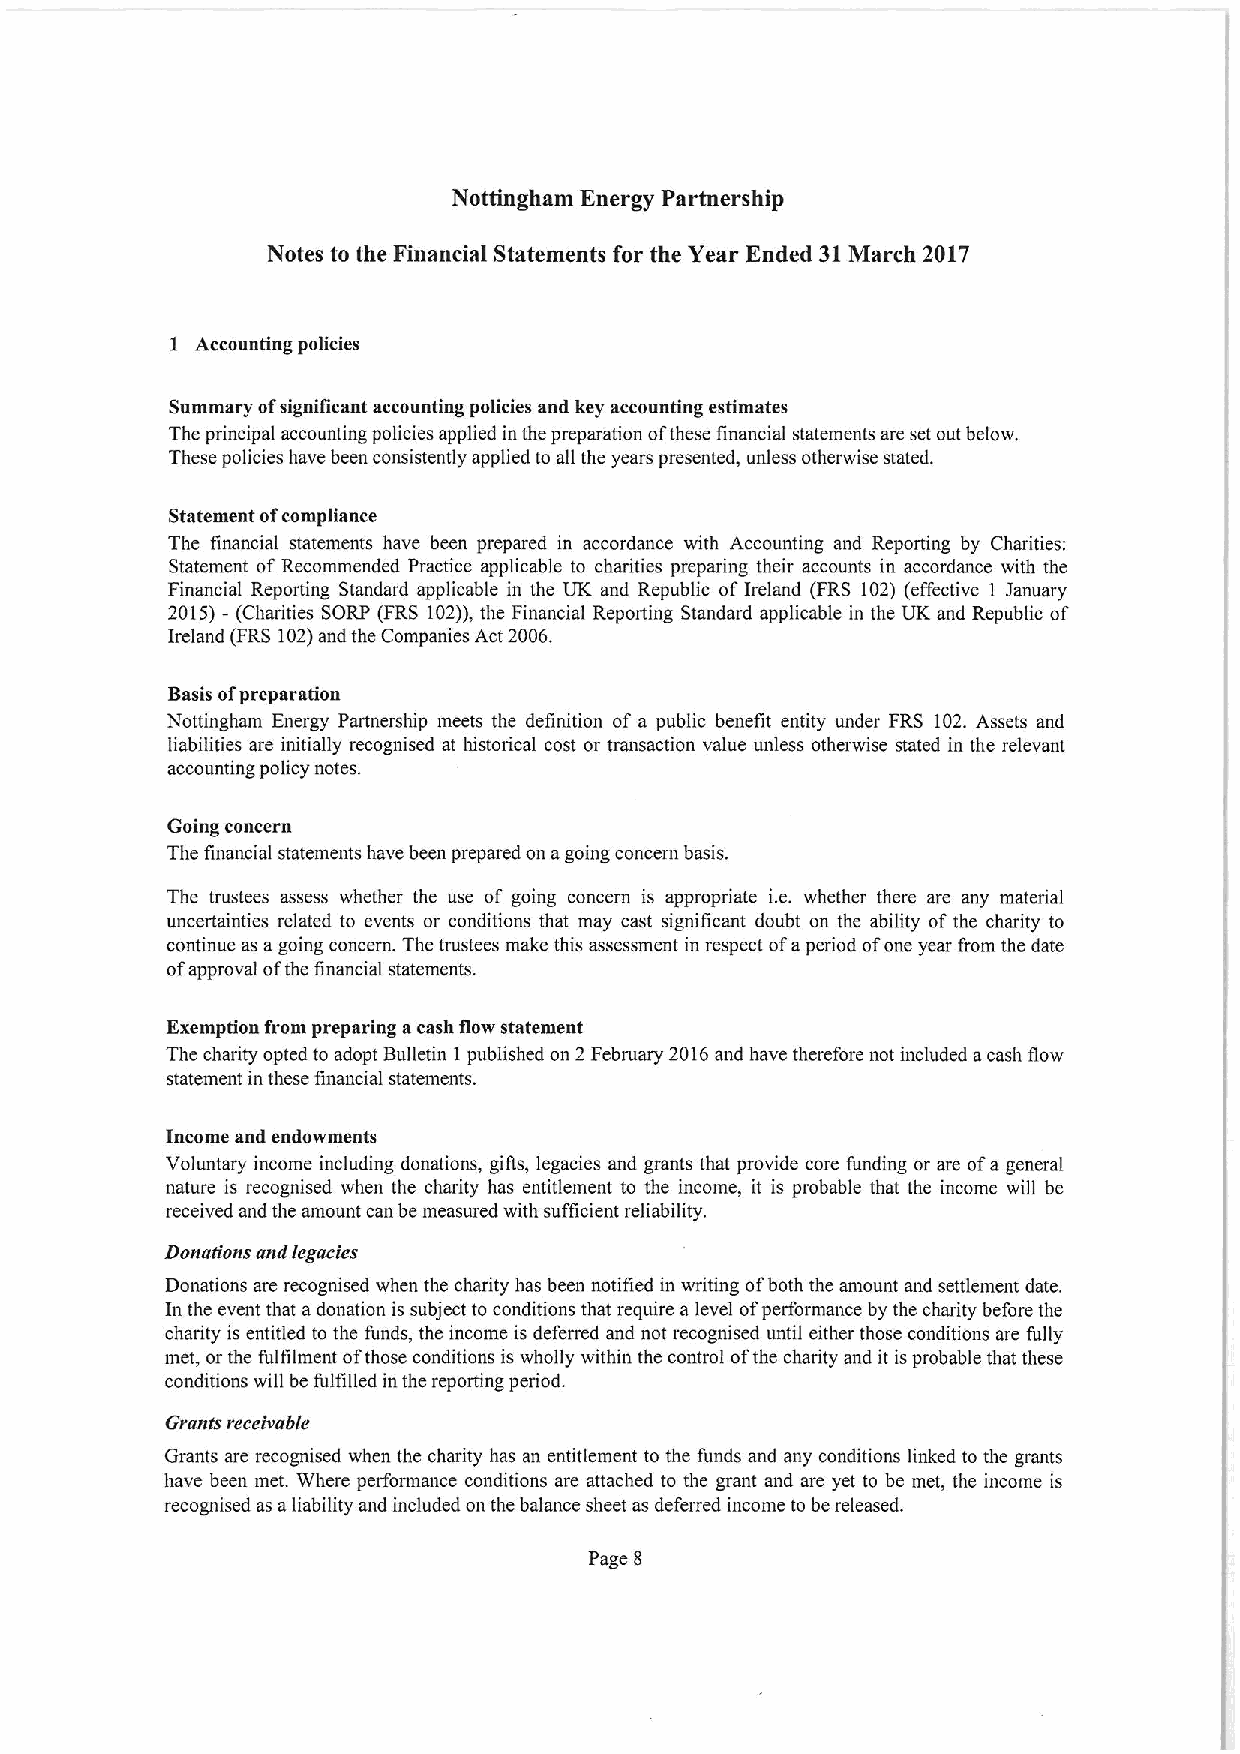
Nottingham Energy Partnership
 Notes to the Financial Statements for the Year Ended 31March 2017
 I Accounting policies
 Summary ofsignificant accounting policies and key accounting estimates
 The principal accounting policies applied in the preparation ofthese financial statements are set out below.
 These policies have been consistently applied to all the years presented, unless otherwise stated.
 Statement ofcompliance
 The financial statements have been prepared in accordance with Accounting and Reporting by Charities:
 Statement of Recommended Practice applicable to charities preparing their accounts in accordance with the
 Financial Reporting Standard applicable in the UK and Republic ofIreland (FRS 102) (effective 1 Ianuary
 2015)- (Charities SORP (FRS 102)),the Financial Reporting Standard applicable in the UK and Republic of
 Ireland (FRS 102)and the Companies Act 2006.
 Basis ofpreparation
 Nottingham Energy Partnership meets the definition of a public benefit entity under FRS 102. Assets and
 liabilities are initially recognised at historical cost or transaction value unless otherwise stated in the relevant
 accounting policy notes.
 Going concern
 The financial statements have been prepared on agoing concern basis.
 The trustees assess whether the use of going concern is appropriate i.e. whether there are any material
 uncertainties related to events or conditions that may cast significant doubt on the ability of the charity to
 continue as agoing concern. The trustees make this assessment in respect ofaperiod ofone year from the date
 ofapproval ofthe financial statements.
 Exemption from preparing acash flow statement
 The charity opted to adopt Bulletin 1published on 2 February 2016and have therefore not included acash flow
 statement in these financial statements.
 Income and endowments
 Voluntary income including donations, gifts, legacies and grants that provide core funding or are ofa general
 nature is recognised when the charity has entitlement to the income, it is probable that the income will be
 received and the amount can be measured with sufficient reliability.
 Donations and iegaeies
 Donations are recognised when the charity has been notified in writing ofboth the amount and settlement date.
 In the event that adonation is subject to conditions that require a level ofperformance by the charity before the
 charity is entitled to the funds, the income is deferred and not recognised until either those conditions are fully
 met, or the fulfilment ofthose conditions is wholly within the control ofthe charity and it isprobable that these
 conditions will be fulfilled in the reporting period.
 Grants receivable
 Grants are recognised when the charity has an entitlement to the funds and any conditions linked to the grants
 have been met. Where performance conditions are attached to the grant and are yet to be met, the income is
 recognised as aliability and included on the balance sheet as deferred income to be released.
 Page 8